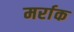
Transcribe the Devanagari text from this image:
मर्राक